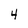
Character: 4